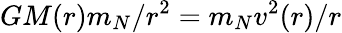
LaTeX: GM(r)m_{N}/r^{2}=m_{N}v^{2}(r)/r